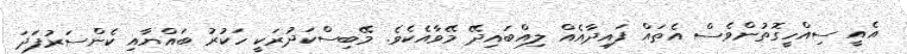
އެއީ ސިއްހީގޮތުންވެސް އެތައް ފައިދާއެއް ލިއްބައިދޭ މޭވާއެކެވެ. މޭބިސްކަދުރަކީ ހަކުރު ބައްޔާއި ކެންސަރުފަދަ